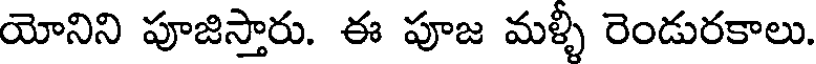
యోనిని పూజిస్తారు. ఈ పూజ మళ్ళీ రెండురకాలు.